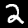
Label: 2